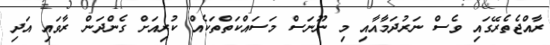
ރާއްޖެތެރޭގައި ވެސް ނަރުދަމާއާއި މި ނޫނަސް މަސައްކަތްތަކެއް ކުރިއަށް ގެންދަން ރާވައި އަދި